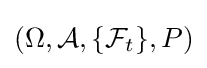
(\Omega ,{\mathcal {A}},\{{\mathcal {F}}_{t}\},P)